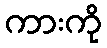
ကားကို